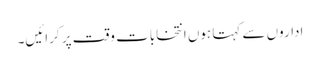
اداروں سے کہتا ہوں انتخابات وقت پر کرائیں۔